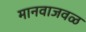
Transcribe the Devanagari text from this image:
मानवाजवळ